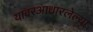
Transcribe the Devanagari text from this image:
यावरआधारलेल्या